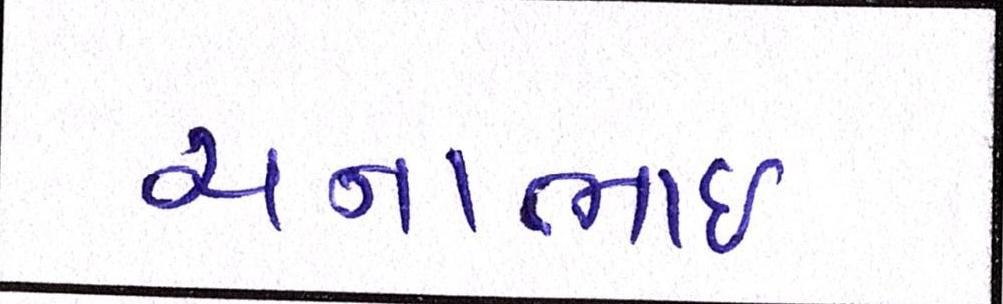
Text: ચનાભાઇ